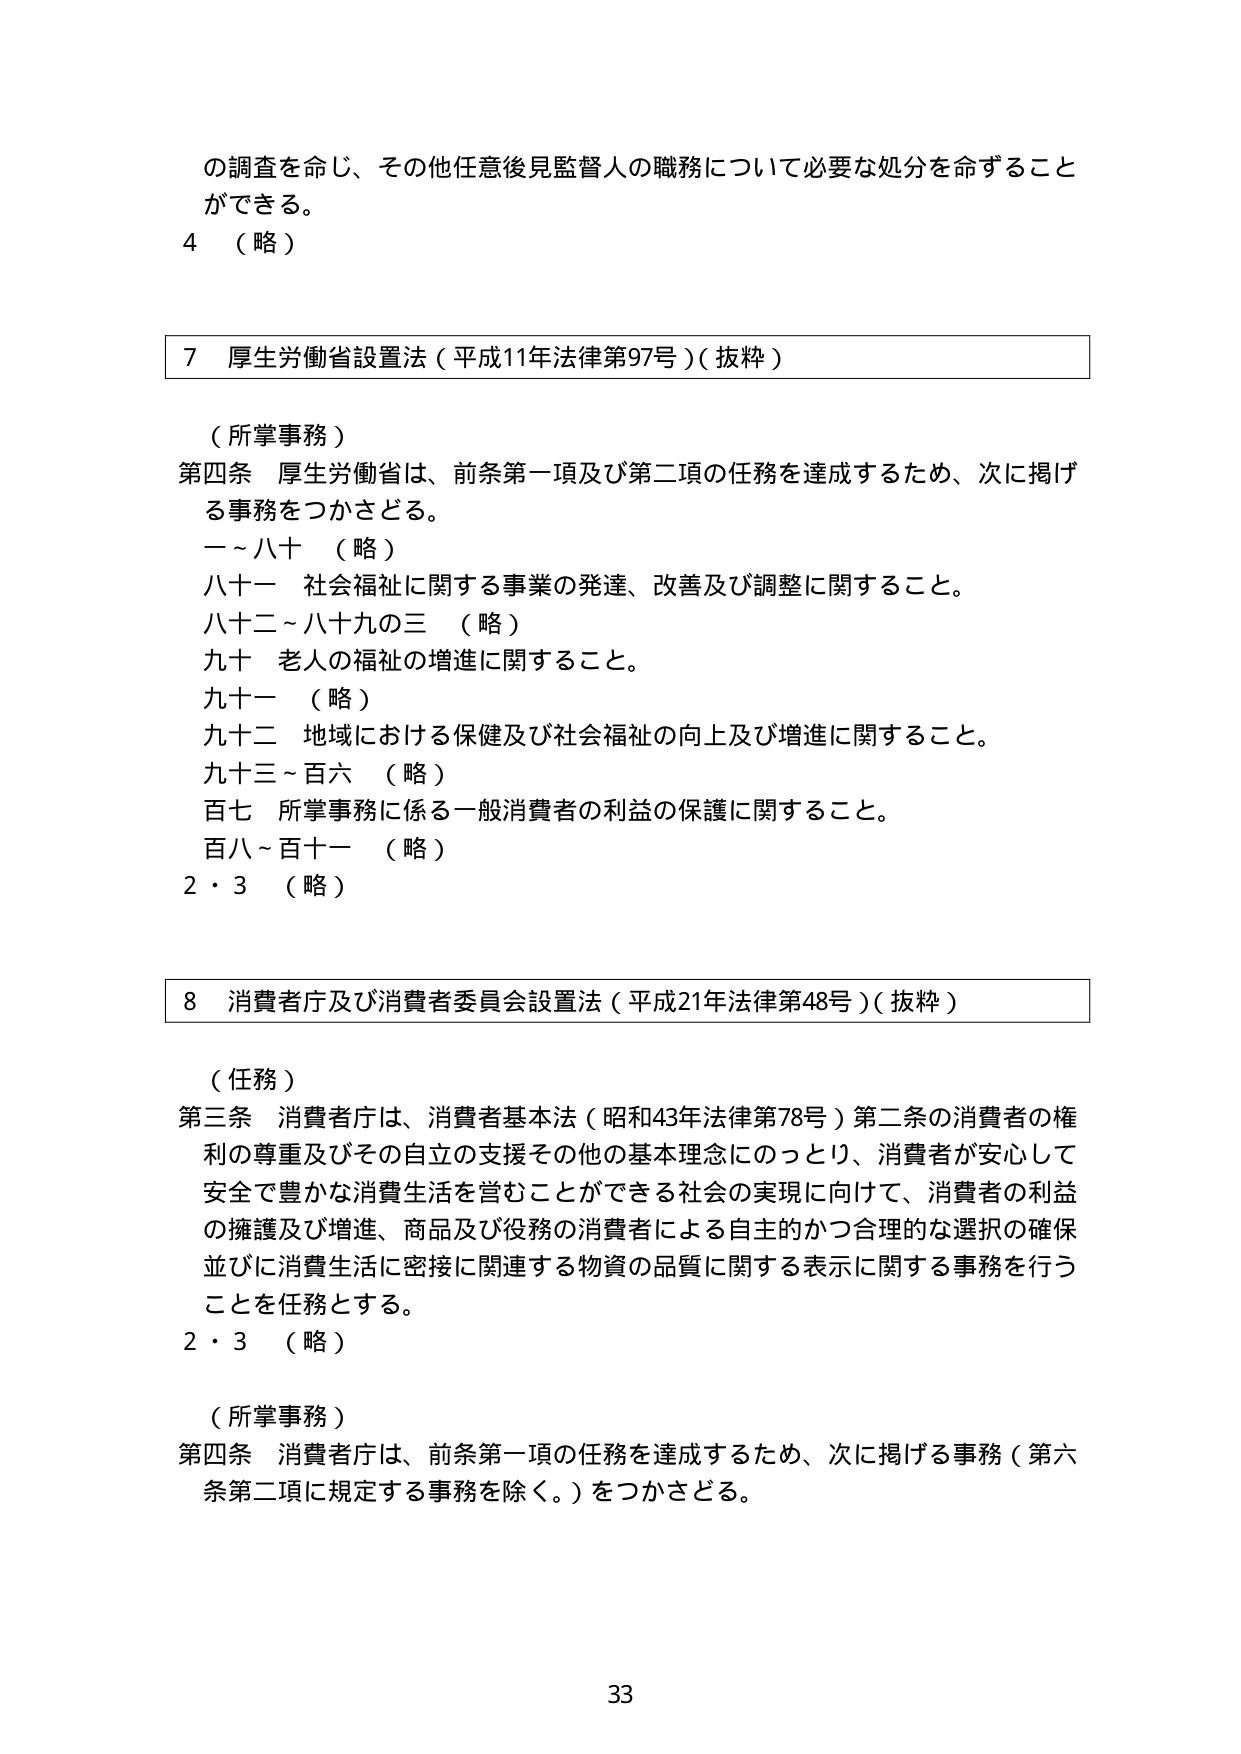
の調査を命じ、その他任意後見監督人の職務について必要な処分を命ずること
ができる。
4 （略）

7 厚生労働省設置法（平成11年法律第97号）（抜粋）

（所掌事務）
第四条 厚生労働省は、前条第一項及び第二項の任務を達成するため、次に掲げる事務をつかさどる。
一～八十 （略）
八十一 社会福祉に関する事業の発達、改善及び調整に関すること。
八十二～八十九の三 （略）
九十 老人の福祉の増進に関すること。
九十一 （略）
九十二 地域における保健及び社会福祉の向上及び増進に関すること。
九十三～百六 （略）
百七 所掌事務に係る一般消費者の利益の保護に関すること。
百八～百十一 （略）
2・3 （略）

8 消費者庁及び消費者委員会設置法（平成21年法律第48号）（抜粋）

（任務）
第三条 消費者庁は、消費者基本法（昭和43年法律第78号）第二条の消費者の権利の尊重及びその自立の支援その他の基本理念にのっとり、消費者が安心して安全で豊かな消費生活を営むことができる社会の実現に向けて、消費者の利益の擁護及び増進、商品及び役務の消費者による自主的かつ合理的な選択の確保並びに消費生活に密接に関連する物資の品質に関する表示に関する事務を行うことを任務とする。
2・3 （略）

（所掌事務）
第四条 消費者庁は、前条第一項の任務を達成するため、次に掲げる事務（第六条第二項に規定する事務を除く。）をつかさどる。

33